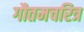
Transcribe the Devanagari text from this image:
गौतमचरित्र